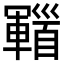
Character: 𩠫